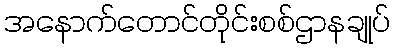
အနောက်တောင်တိုင်းစစ်ဌာနချုပ်